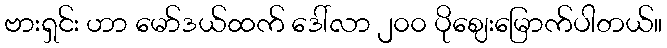
ဗားရှင်း ဟာ မော်ဒယ်ထက် ဒေါ်လာ ၂၀၀ ပိုဈေးမြောက်ပါတယ်။